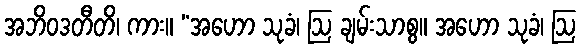
အဘိဝဒတီတိ၊ ကား။ “အဟော သုခံ၊ ဩ ချမ်းသာစွ။ အဟော သုခံ၊ ဩ